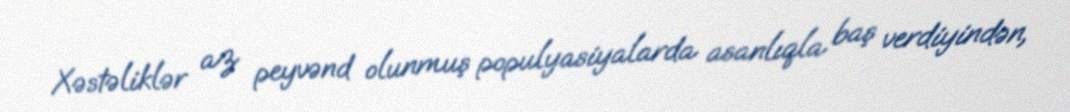
Xəstəliklər az peyvənd olunmuş populyasiyalarda asanlıqla baş verdiyindən,